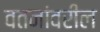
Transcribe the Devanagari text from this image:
वतनांवरील